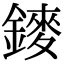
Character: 䥑